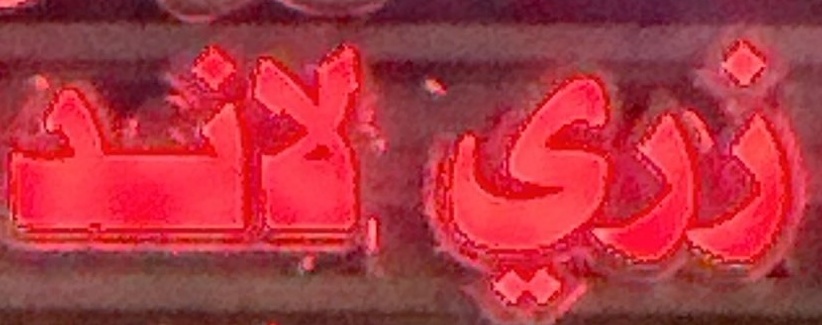
زري لاند